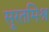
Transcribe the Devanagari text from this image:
सूरतमिश्र